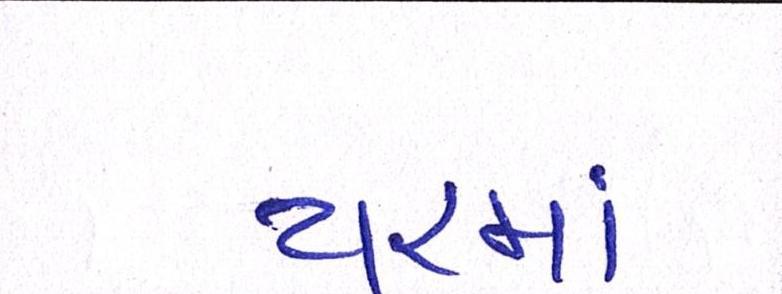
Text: યરમાં